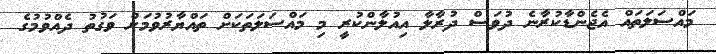
މައްސަލަތައް އެޖެންޑާކުރާނެ ދުވަސް ދުރާލާ އިއުލާންކުރީ މި މައްސަލަތަކަށް ތައްޔާރުވުމަށް ވަގުތު ދެއްވުމުގެ